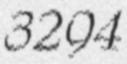
3294